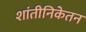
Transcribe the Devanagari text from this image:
शांतीनिकेतन